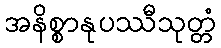
အနိစ္စာနုပဿီသုတ္တံ